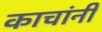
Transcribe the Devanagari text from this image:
काचांनी